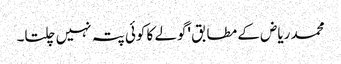
محمد ریاض کے مطابق 'گولے کا کوئی پتہ نہیں چلتا۔